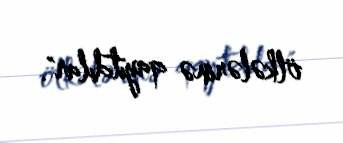
ölkələrinə qayıtdılar".